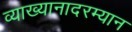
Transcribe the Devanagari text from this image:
व्याख्यानादरम्यान